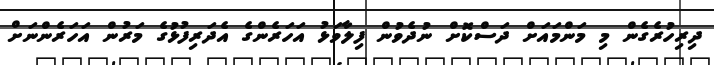
ދިރިހުރެގެން މި މަންމައަށް ދަސްކޮށް ނުދެވުން ފިލާވަޅު އަހަރެންގެ އެދަރިފުޅުގެ މަރުން އަހަރެންނަށް